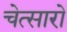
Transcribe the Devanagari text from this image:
चेत्सारो